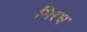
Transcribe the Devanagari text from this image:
गिरध